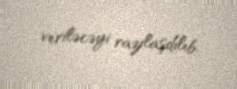
veriləcəyi razılaşdılıb.